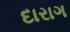
દારાગ